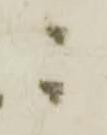
ニ